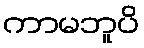
ကာမဘူပိ